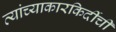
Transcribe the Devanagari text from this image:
त्यांच्याकारकिर्दीची